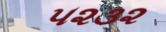
૫૨૩૨